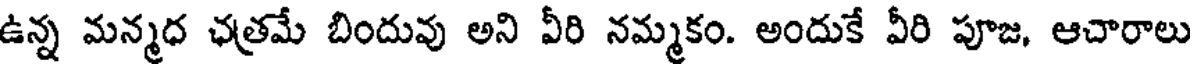
ఉన్న మన్మధ ఛత్రమే బిందువు అని వీరి నమ్మకం. అందుకే వీరి పూజ, ఆచారాలు